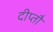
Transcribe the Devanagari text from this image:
दीप्तौ